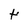
Character: t